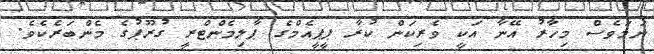
ނަމަވެސް މިހާރު އޭނާ އަކީ ވެރިކަން ކުރާ ޕީޕީއެމްގެ ޕާލިމެންޓްރީ ގުރޫޕުގެ މެންބަރެކެވެ.